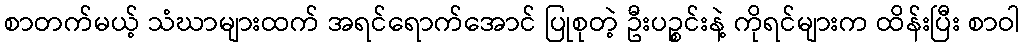
စာတက်မယ့် သံဃာများထက် အရင်ရောက်အောင် ပြုစုတဲ့ ဦးပဉ္စင်းနဲ့ ကိုရင်များက ထိန်းပြီး စာဝါ